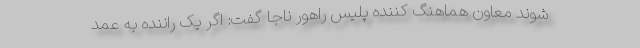
شوند معاون هماهنگ‌ کننده پلیس راهور ناجا گفت: اگر یک راننده به عمد